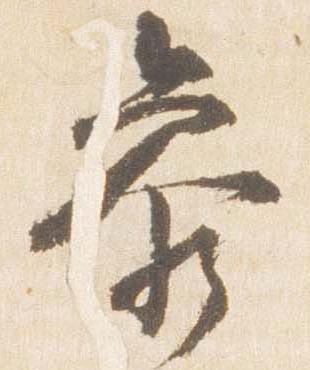
参